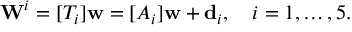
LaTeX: \mathbf { W } ^ { i } = [ T _ { i } ] \mathbf { w } = [ A _ { i } ] \mathbf { w } + \mathbf { d } _ { i } , \quad i = 1 , \ldots , 5 .